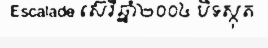
Escalade ស៊េរីឆ្នាំ២០០៤ បិទស្កុត